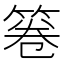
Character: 箞